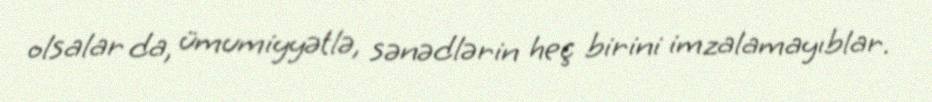
olsalar da, ümumiyyətlə, sənədlərin heç birini imzalamayıblar.